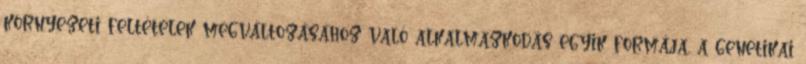
környezeti feltételek megváltozásához való alkalmazkodás egyik formája, a genetikai